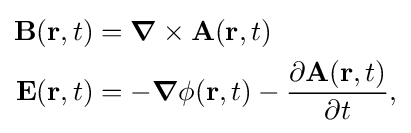
{\begin{aligned}\mathbf {B} (\mathbf {r} ,t)&={\boldsymbol {\nabla }}\times \mathbf {A} (\mathbf {r} ,t)\\\mathbf {E} (\mathbf {r} ,t)&=-{\boldsymbol {\nabla }}\phi (\mathbf {r} ,t)-{\frac {\partial \mathbf {A} (\mathbf {r} ,t)}{\partial t}},\\\end{aligned}}